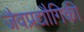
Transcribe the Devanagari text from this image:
जैवप्रद्यौगिकी